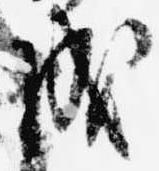
成